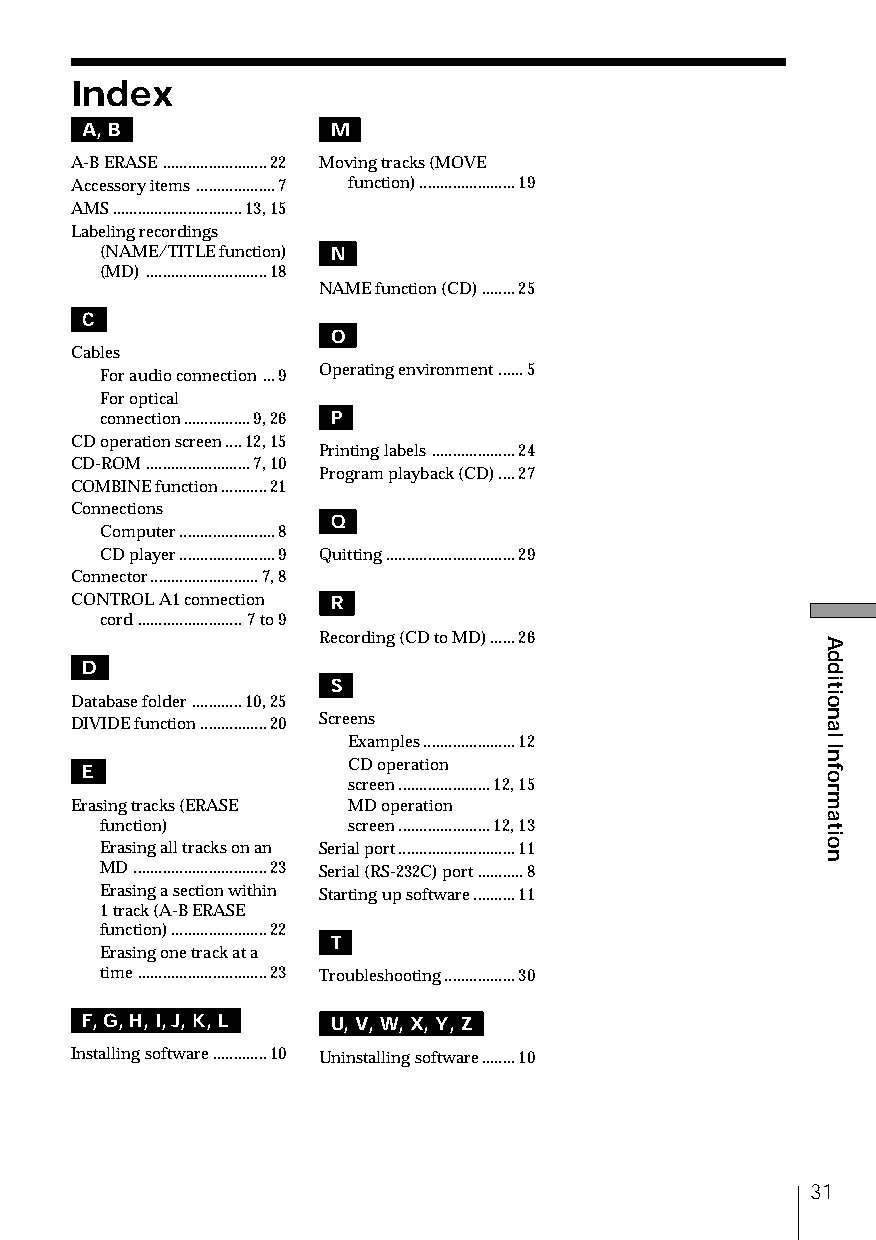
Index
 A, B             M
 A-B ERASE.........................22 Moving tracks (MOVE
 Accessory items...................7 function).......................19
 AMS...............................13, 15
 Labeling recordings
 (NAME/TITLE function) N
 (MD).............................18
 NAME function (CD)........25
 C
 O
 Cables
 For audio connection ...9 Operating environment......5
 For optical
 connection................9, 26 P
 CD operation screen....12, 15
 Printing labels....................24
 CD-ROM.........................7, 10
 Program playback (CD)....27
 COMBINE function...........21
 Connections
 Q
 Computer.......................8
 CD player.......................9 Quitting...............................29
 Connector..........................7, 8
 CONTROL A1 connection R
 cord.........................7 to 9
 Recording (CD to MD)......26
 D
 S
 Database folder............10, 25
 DIVIDE function................20 Screens
 Examples......................12
 E                 CD operation
 screen......................12, 15
 Erasing tracks (ERASE MD operation
 function)       screen......................12, 13
 Erasing all tracks on an Serial port............................11
 MD................................23 Serial (RS-232C) port...........8
 Erasing a section within Starting up software..........11
 1 track (A-B ERASE
 function).......................22
 T
 Erasing one track at a
 time...............................23 Troubleshooting.................30
 F, G, H, I, J, K, L U, V, W, X, Y, Z
 Installing software.............10 Uninstalling software........10
 31
 Additional
 Information